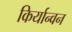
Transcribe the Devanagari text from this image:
किर्यान्वन